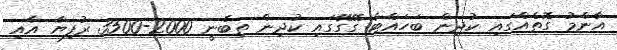
އާންމު ގޮތެއްގައި ކުދިން ބަހައްޓާ ގޭގޭގައި ކުދިން ތިބެނީ 2000-3500 ރުފިޔާ އާއި